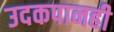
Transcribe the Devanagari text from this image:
उदकपानही